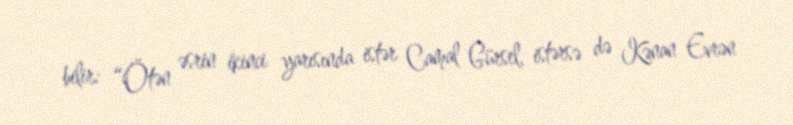
bilir: “Ötən əsrin ikinci yarısında istər Camal Gürsel, istərsə də Kənan Evrən